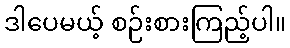
ဒါပေမယ့် စဉ်းစားကြည့်ပါ။